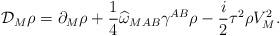
LaTeX: \begin{align*}{\cal D}_M\rho=\partial_M\rho+\frac{1}{4}\widehat{\omega}_{MAB}\gamma^{AB}\rho-\frac{i}{2}\tau^2\rho V_M^2.\end{align*}